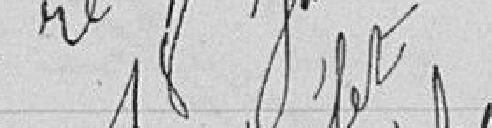
Vu Pour récépissé